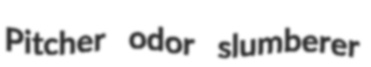
Pitcher odor slumberer